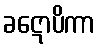
ခဋောပိကာ